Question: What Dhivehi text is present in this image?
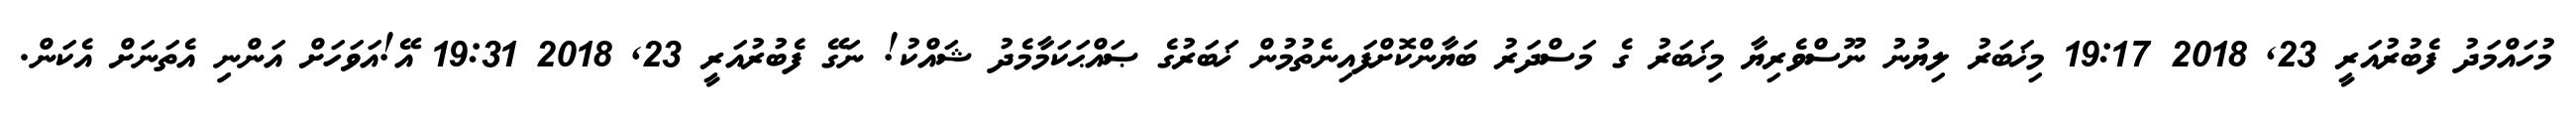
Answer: މުހައްމަދު ފެބުރުއަރީ 23, 2018 19:17 މިޚަބަރު ލިޔުނު ނޫސްވެރިޔާ މިޚަބަރު ގެ މަސްދަރު ބަޔާންކޮށްފައިނެތުމުން ޚަބަރުގެ ޞައްޙަކަމާމެދު ޝައްކު! ނަގޭ ފެބުރުއަރީ 23, 2018 19:31 އޭ!އަވަހަށް އަންނިި އެތަނަށް އެކަން.